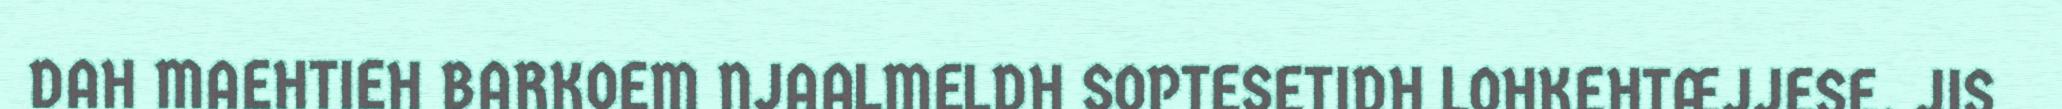
DAH MAEHTIEH BARKOEM NJAALMELDH SOPTESETIDH LOHKEHTÆJJESE. JIS